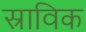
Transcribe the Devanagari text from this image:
स्राविक